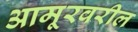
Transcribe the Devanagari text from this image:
आमूरवरील